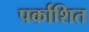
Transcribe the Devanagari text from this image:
पर्काशित